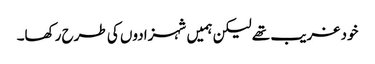
خود غریب تھے لیکن ہمیں شہزادوں کی طرح رکھا۔